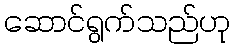
ဆောင်ရွက်သည်ဟု